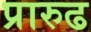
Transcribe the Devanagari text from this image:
प्रारुढ